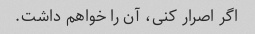
اگر اصرار کنی، آن را خواهم داشت.